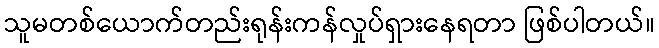
သူမတစ်ယောက်တည်းရုန်းကန်လှုပ်ရှားနေရတာ ဖြစ်ပါတယ်။